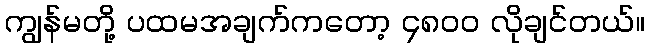
ကျွန်မတို့ ပထမအချက်ကတော့ ၄၈၀၀ လိုချင်တယ်။